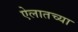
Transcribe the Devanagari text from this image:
ऐलातच्या